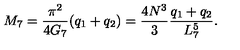
M _ { 7 } = \frac { \pi ^ { 2 } } { 4 G _ { 7 } } ( q _ { 1 } + q _ { 2 } ) = \frac { 4 N ^ { 3 } } { 3 } \frac { q _ { 1 } + q _ { 2 } } { L _ { 7 } ^ { 5 } } .